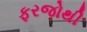
ફરજોથી